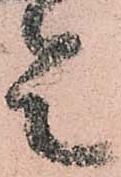
令